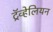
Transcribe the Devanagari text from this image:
ट्रॅव्हेलियन